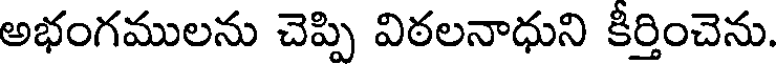
అభంగములను చెప్పి విఠలనాధుని కీర్తించెను.